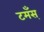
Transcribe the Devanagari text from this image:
टमँस्